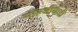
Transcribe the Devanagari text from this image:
गॉल्जीबाडी